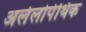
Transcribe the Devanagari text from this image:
अलेलोपेथिक